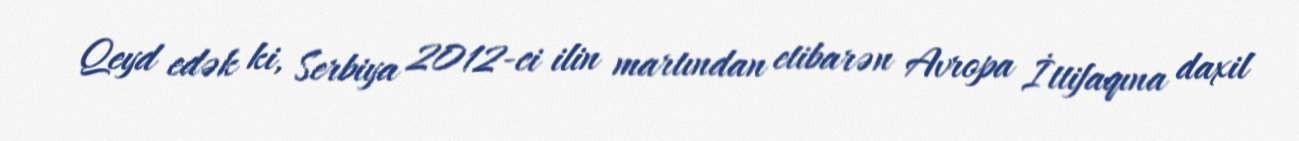
Qeyd edək ki, Serbiya 2012-ci ilin martından etibarən Avropa İttifaqına daxil